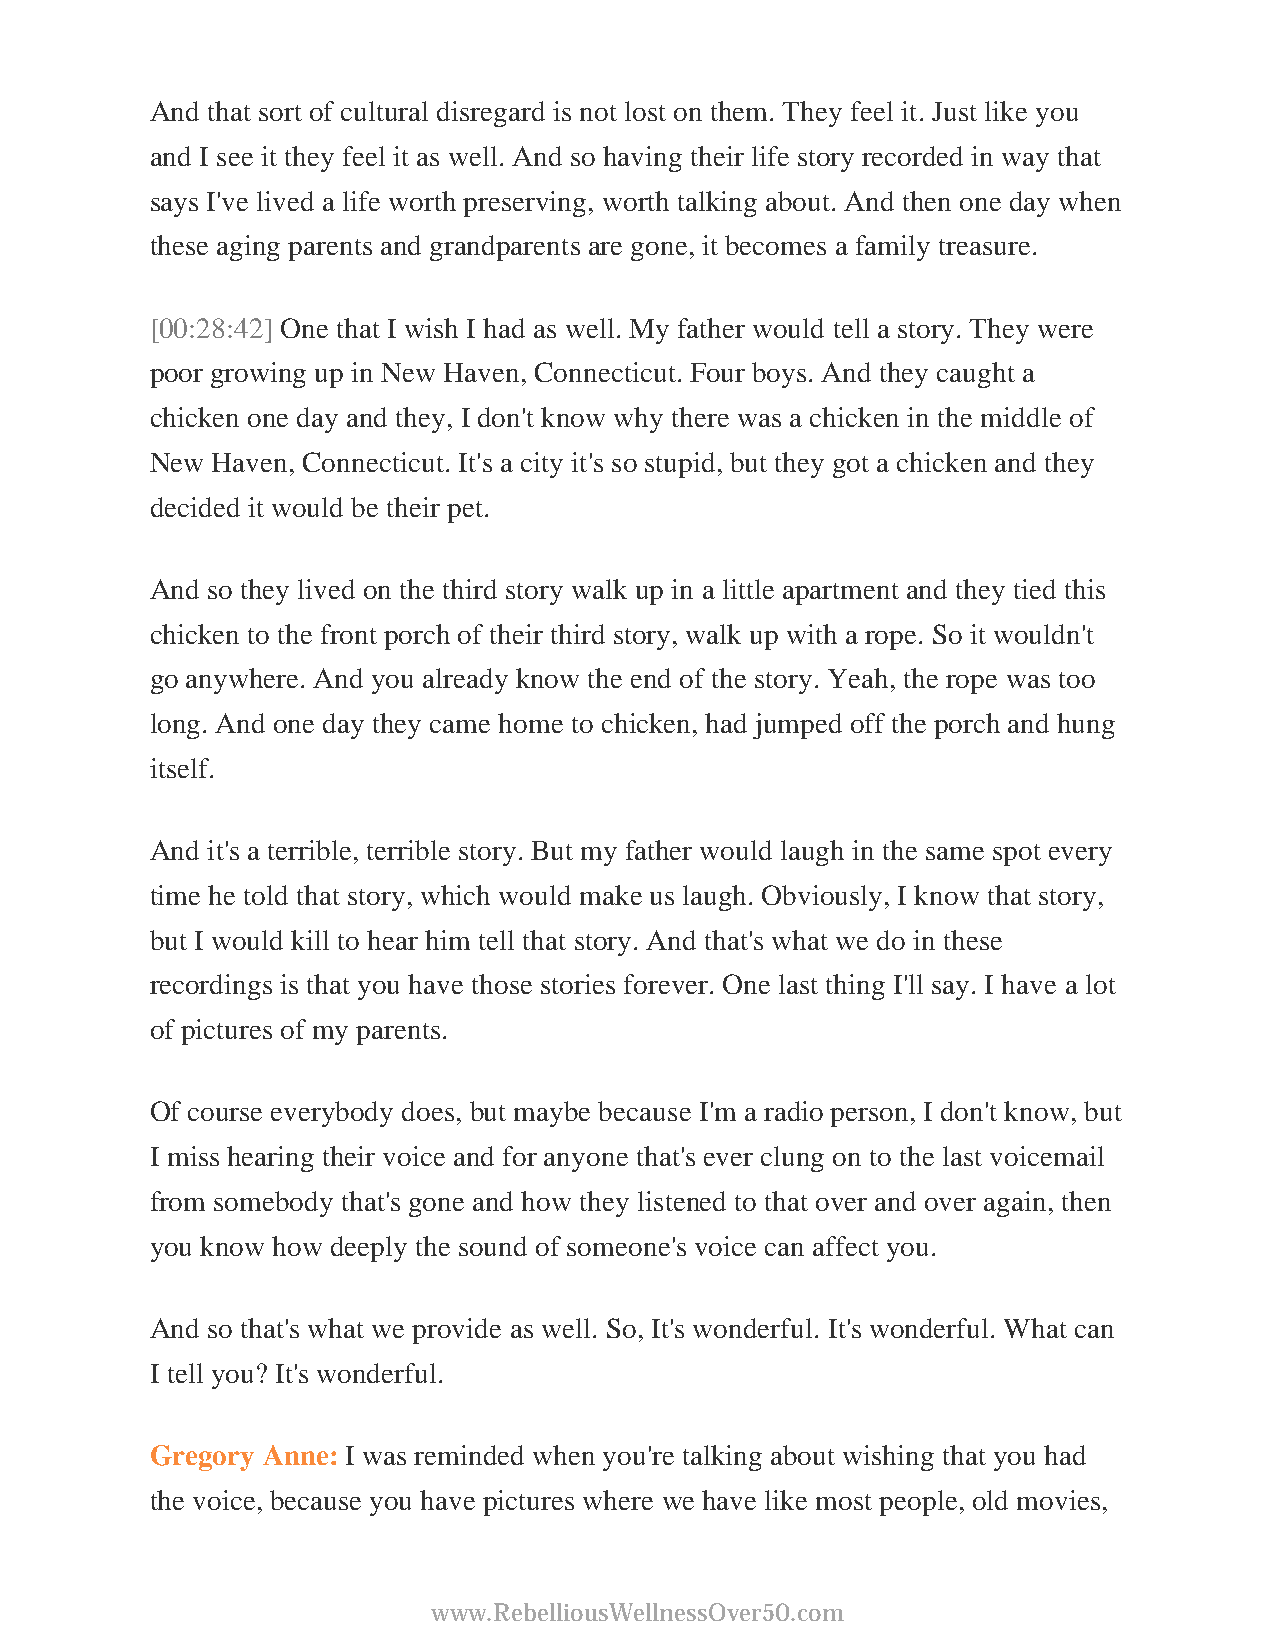
And that sort of cultural disregard is not lost on them. They feel it. Just like you
 and I see it they feel it as well. And so having their life story recorded in way that
 says I've lived a life worth preserving, worth talking about. And then one day when
 these aging parents and grandparents are gone, it becomes a family treasure.
 [00:28:42] One that I wish I had as well. My father would tell a story. They were
 poor growing up in New Haven, Connecticut. Four boys. And they caught a
 chicken one day and they, I don't know why there was a chicken in the middle of
 New Haven, Connecticut. It's a city it's so stupid, but they got a chicken and they
 decided it would be their pet.
 And so they lived on the third story walk up in a little apartment and they tied this
 chicken to the front porch of their third story, walk up with a rope. So it wouldn't
 go anywhere. And you already know the end of the story. Yeah, the rope was too
 long. And one day they came home to chicken, had jumped off the porch and hung
 itself.
 And it's a terrible, terrible story. But my father would laugh in the same spot every
 time he told that story, which would make us laugh. Obviously, I know that story,
 but I would kill to hear him tell that story. And that's what we do in these
 recordings is that you have those stories forever. One last thing I'll say. I have a lot
 of pictures of my parents.
 Of course everybody does, but maybe because I'm a radio person, I don't know, but
 I miss hearing their voice and for anyone that's ever clung on to the last voicemail
 from somebody that's gone and how they listened to that over and over again, then
 you know how deeply the sound of someone's voice can affect you.
 And so that's what we provide as well. So, It's wonderful. It's wonderful. What can
 I tell you? It's wonderful.
 Gregory Anne: I was reminded when you're talking about wishing that you had
 the voice, because you have pictures where we have like most people, old movies,
 www.RebelliousWellnessOver50.com